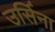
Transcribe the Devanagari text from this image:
उर्सिना